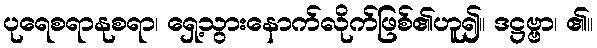
ပုရေစရာနုစရာ၊ ရှေ့သွားနောက်လိုက်ဖြစ်၏ဟူ၍။ ဒဋ္ဌဗ္ဗာ၊ ၏။